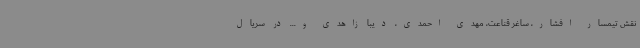
نقش تیمسار افشار، ساغر قناعت، مهدی احمدی، دیبا زاهدی و... در سریال